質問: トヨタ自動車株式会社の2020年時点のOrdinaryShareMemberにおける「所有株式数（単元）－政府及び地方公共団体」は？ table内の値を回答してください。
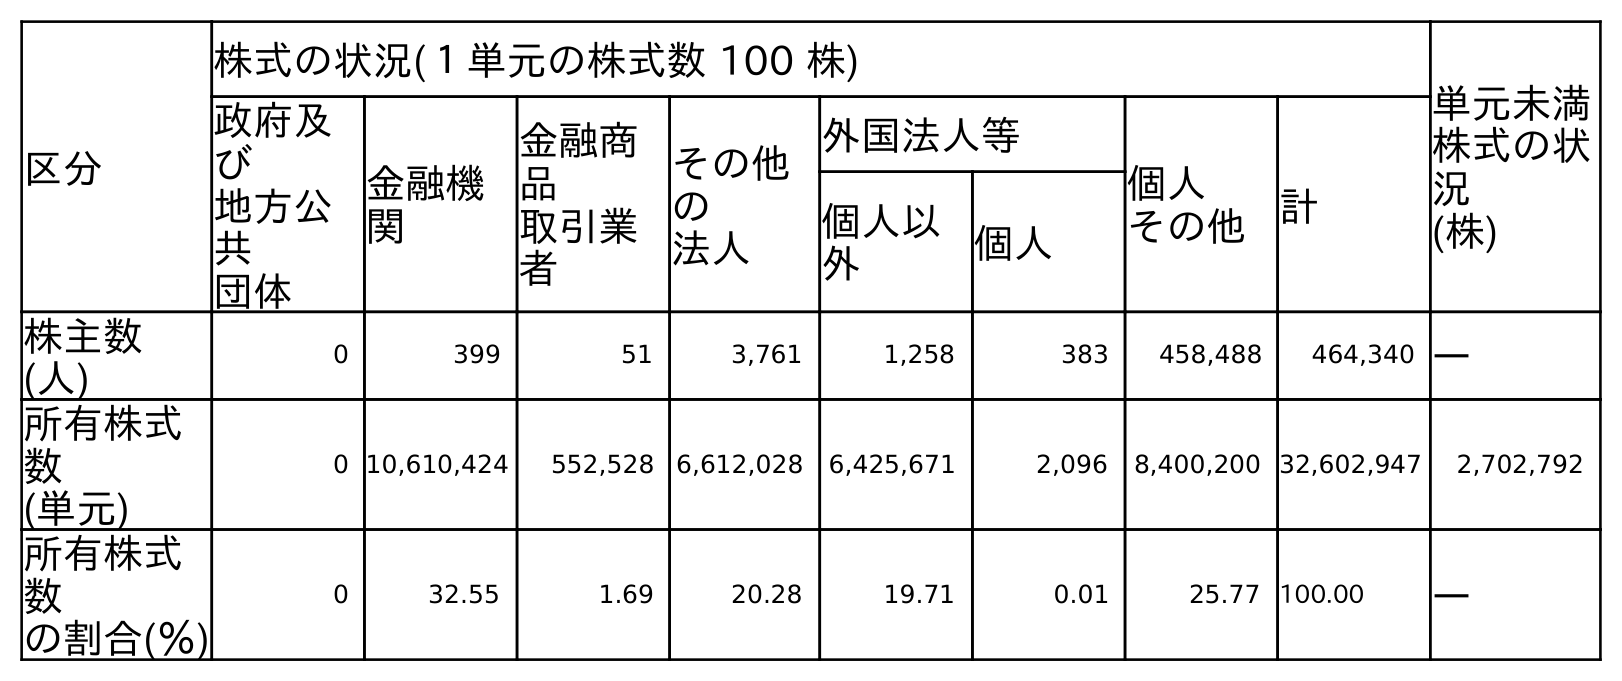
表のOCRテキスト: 区分 株式の状況(１単元の株式数 100 株) 単元未満 株式の状 況 (株) 政府及 び 地方公 共 団体 金融機 関 金融商 品 取引業 者 その他 の 法人 外国法人等 個人 その他 計 個人以 外 個人 株主数 (人) 0 399 51 3,761 1,258 383 458,488 464,340 ― 所有株式 数 (単元) 0 10,610,424 552,528 6,612,028 6,425,671 2,096 8,400,200 32,602,947 2,702,792 所有株式 数 の割合(％) 0 32.55 1.69 20.28 19.71 0.01 25.77 100.00 ―
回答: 0